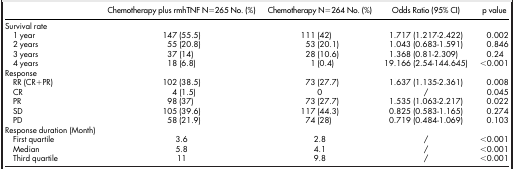
<table><thead><tr><td><b> </b></td><td><b>Chemotherapy plus rmhTNF N = 265 No. (%)</b></td><td><b>Chemotherapy N = 264 No. (%)</b></td><td><b>Odds Ratio (95% CI)</b></td><td><b>p value</b></td></tr></thead><tbody><tr><td>Survival rate</td><td> </td><td> </td><td> </td><td> </td></tr><tr><td> 1 year</td><td>147 (55.5)</td><td>111 (42)</td><td>1.717 (1.217-2.422)</td><td>0.002</td></tr><tr><td> 2 years</td><td>55 (20.8)</td><td>53 (20.1)</td><td>1.043 (0.683-1.591)</td><td>0.846</td></tr><tr><td> 3 years</td><td>37 (14)</td><td>28 (10.6)</td><td>1.368 (0.81-2.309)</td><td>0.24</td></tr><tr><td> 4 years</td><td>18 (6.8)</td><td>1 (0.4)</td><td>19.166 (2.54-144.645)</td><td>&lt;0.001</td></tr><tr><td>Response</td><td> </td><td> </td><td> </td><td> </td></tr><tr><td> RR (CR+PR)</td><td>102 (38.5)</td><td>73 (27.7)</td><td>1.637 (1.135-2.361)</td><td>0.008</td></tr><tr><td> CR</td><td>4 (1.5)</td><td>0</td><td>/</td><td>0.045</td></tr><tr><td> PR</td><td>98 (37)</td><td>73 (27.7)</td><td>1.535 (1.063-2.217)</td><td>0.022</td></tr><tr><td> SD</td><td>105 (39.6)</td><td>117 (44.3)</td><td>0.825 (0.583-1.165)</td><td>0.274</td></tr><tr><td> PD</td><td>58 (21.9)</td><td>74 (28)</td><td>0.719 (0.484-1.069)</td><td>0.103</td></tr><tr><td>Response duration (Month)</td><td> </td><td> </td><td> </td><td> </td></tr><tr><td> First quartile</td><td>3.6</td><td>2.8</td><td>/</td><td>&lt;0.001</td></tr><tr><td> Median</td><td>5.8</td><td>4.1</td><td>/</td><td>&lt;0.001</td></tr><tr><td> Third quartile</td><td>11</td><td>9.8</td><td>/</td><td>&lt;0.001</td></tr></tbody></table>